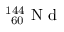
^ { 1 4 4 } _ { \ 6 0 } \mathrm { ~ N ~ d ~ }